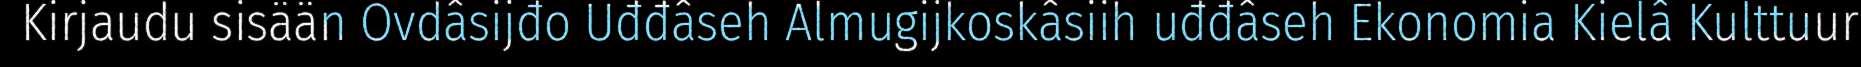
Kirjaudu sisään Ovdâsijđo Uđđâseh Almugijkoskâsiih uđđâseh Ekonomia Kielâ Kulttuur